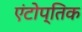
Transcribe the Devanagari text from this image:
एंटोप्तिक